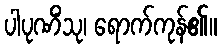
ပါပုဏိံသု၊ ရောက်ကုန်၏။